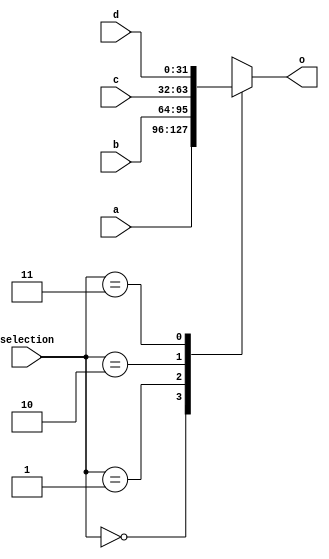
/******************************************************************* 
*
* Module: mux_4x1.v
* Project: Risc-V processor pipelined 
* Description:
*   4x1 MUX that selects a, b, c, d depending on selection line
*
**********************************************************************/
`timescale 1ns / 1ps
module mux_4x1 #(parameter N=32) (
    input [N-1:0] a, b, c, d,
    input [1:0] selection,
    output reg [N-1:0] o
    );

always @(*) begin
    case(selection)
        2'b00: o = a;
        2'b01: o = b;
        2'b10: o = c;
        2'b11: o = d;
    endcase
end

endmodule